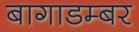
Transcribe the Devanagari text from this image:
बागाडम्बर